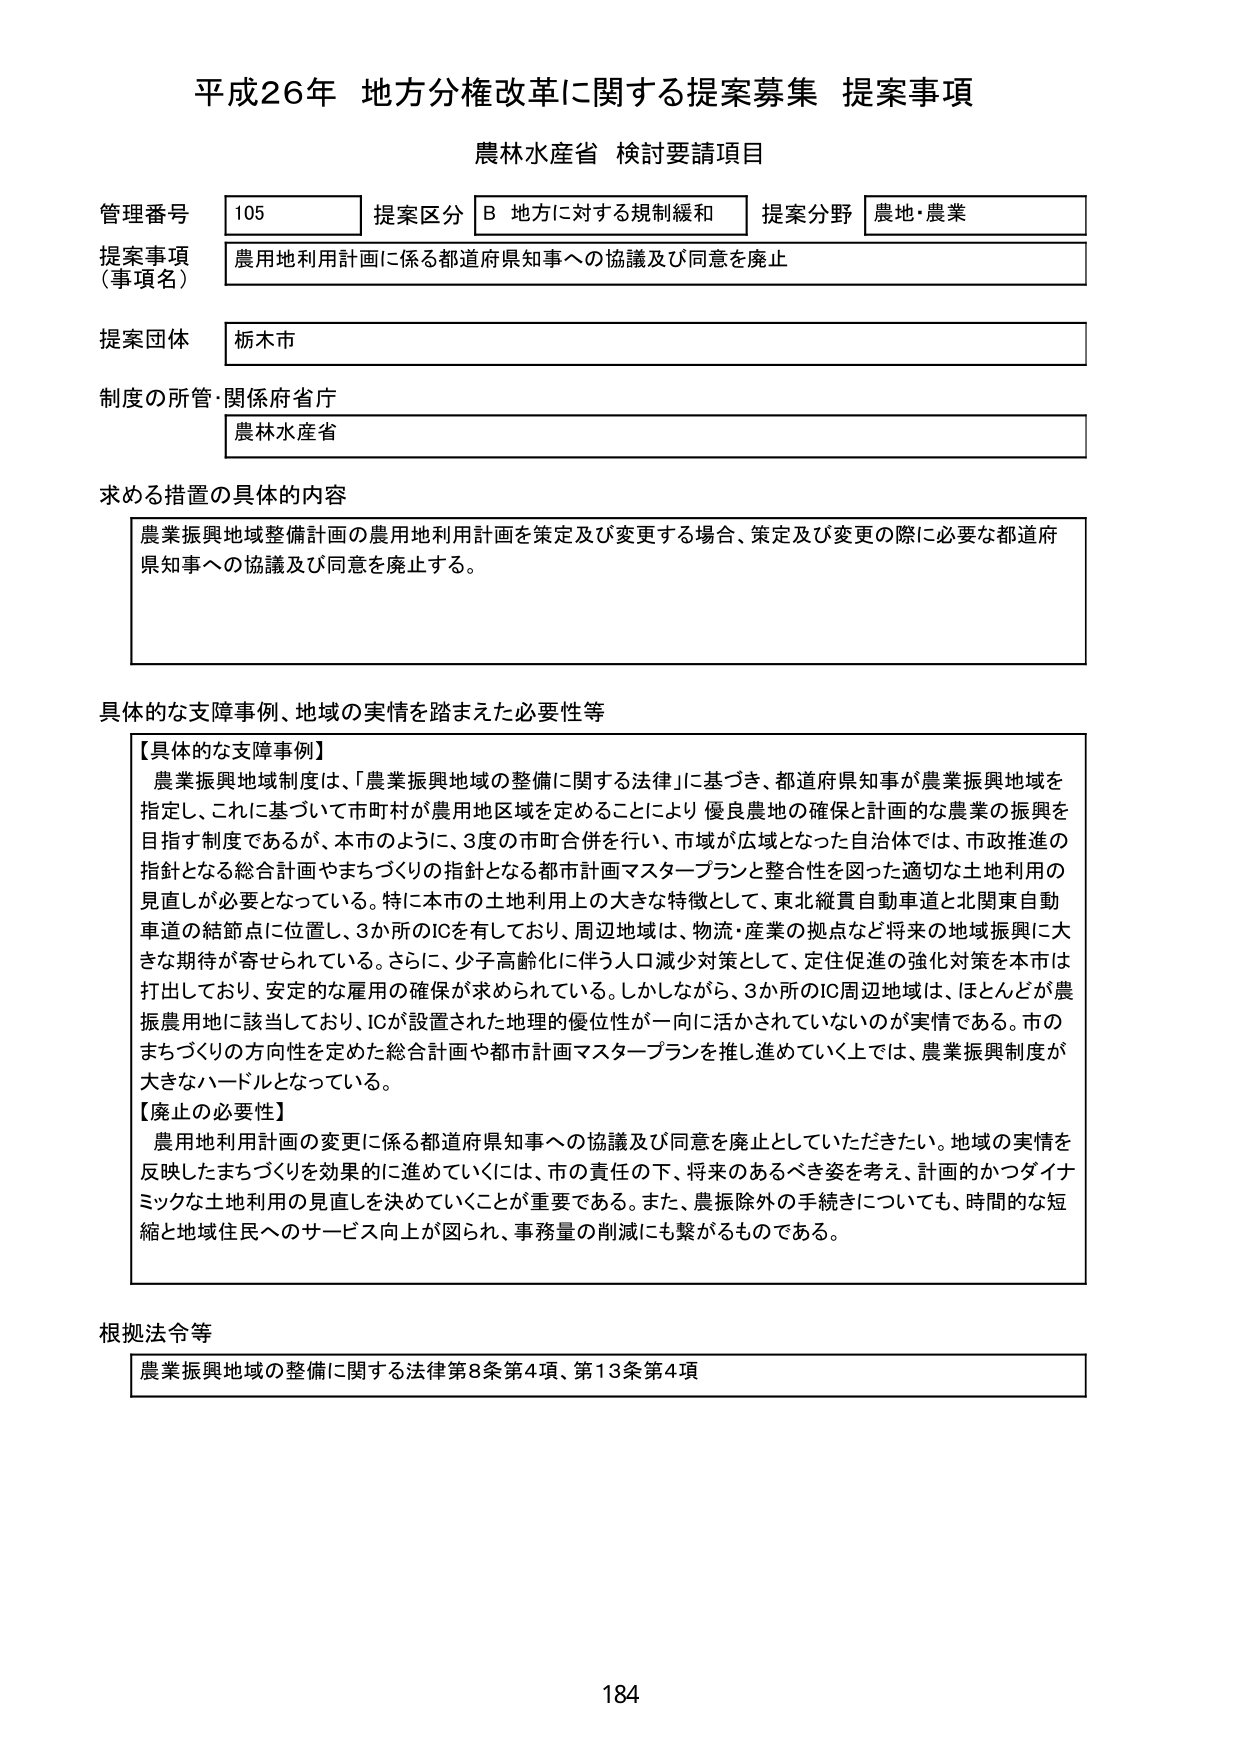
平成26年 地方分権改革に関する提案募集 提案事項
農林水産省 検討要請項目

管理番号 105 提案区分 B 地方に対する規制緩和 提案分野 農地・農業
提案事項（事項名） 農用地利用計画に係る都道府県知事への協議及び同意を廃止
提案団体 栃木市
制度の所管・関係府省庁 農林水産省

求める措置の具体的内容
農業振興地域整備計画の農用地利用計画を策定及び変更する場合、策定及び変更の際に必要な都道府県知事への協議及び同意を廃止する。

具体的な支障事例、地域の実情を踏まえた必要性等
【具体的な支障事例】
農業振興地域制度は、「農業振興地域の整備に関する法律」に基づき、都道府県知事が農業振興地域を指定し、これに基づいて市町村が農用地区域を定めることにより優良農地の確保と計画的な農業の振興を目指す制度であるが、本市のように、3度の市町村合併を行い、市域が広域となった自治体では、市政推進の指針となる総合計画やまちづくりの指針となる都市計画マスタープランと整合性を図った適切な土地利用の見直しが必要となっている。特に本市の土地利用上の大きな特徴として、東北縦貫自動車道と北関東自動車道の結節点に位置し、3か所のICを有しており、周辺地域は、物流・産業の拠点など将来の地域振興に大きな期待が寄せられている。さらに、少子高齢化に伴う人口減少対策として、定住促進の強化対策を本市は打出しており、安定的な雇用の確保が求められている。しかしながら、3か所のIC周辺地域は、ほとんどが農振農用地に該当しており、ICが設置された地理的優位性が一向に活かされていないのが実情である。市のまちづくりの方向性を定めた総合計画や都市計画マスタープランを推し進めていく上では、農業振興制度が大きなハードルとなっている。

【廃止の必要性】
農用地利用計画の変更に係る都道府県知事への協議及び同意を廃止していただきたい。地域の実情を反映したまちづくりを効果的に進めていくには、市の責任の下、将来のあるべき姿を考え、計画的かつダイナミックな土地利用の見直しを決めていくことが重要である。また、農振除外の手続きについても、時間的な短縮と地域住民へのサービス向上が図られ、事務量の削減にも繋がるものである。

根拠法令等
農業振興地域の整備に関する法律第8条第4項、第13条第4項

184